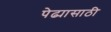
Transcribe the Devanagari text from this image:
पेढ्यासाठी